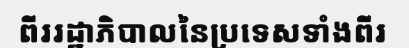
ពីររដ្ឋាភិបាលនៃប្រទេសទាំងពីរ